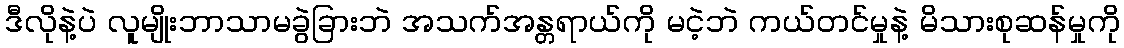
ဒီလိုနဲ့ပဲ လူမျိုးဘာသာမခွဲခြားဘဲ အသက်အန္တရာယ်ကို မငဲ့ဘဲ ကယ်တင်မှုနဲ့ မိသားစုဆန်မှုကို